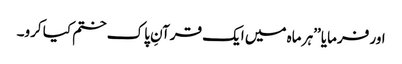
اور فرمایا ’’ہر ماہ میں ایک قرآنِ پاک ختم کیا کرو۔